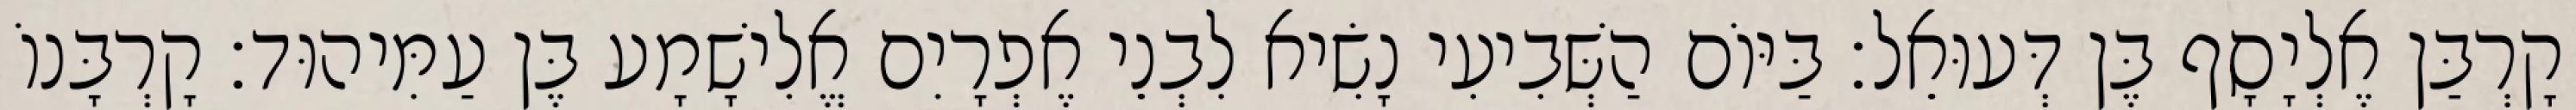
קָרְבַּן אֶלְיָסָף בֶּן דְּעוּאֵל׃ בַּיּוֹם הַשְּׁבִיעִי נָשִׂיא לִבְנֵי אֶפְרָיִם אֱלִישָׁמָע בֶּן עַמִּיהוּד׃ קָרְבָּנוֹ